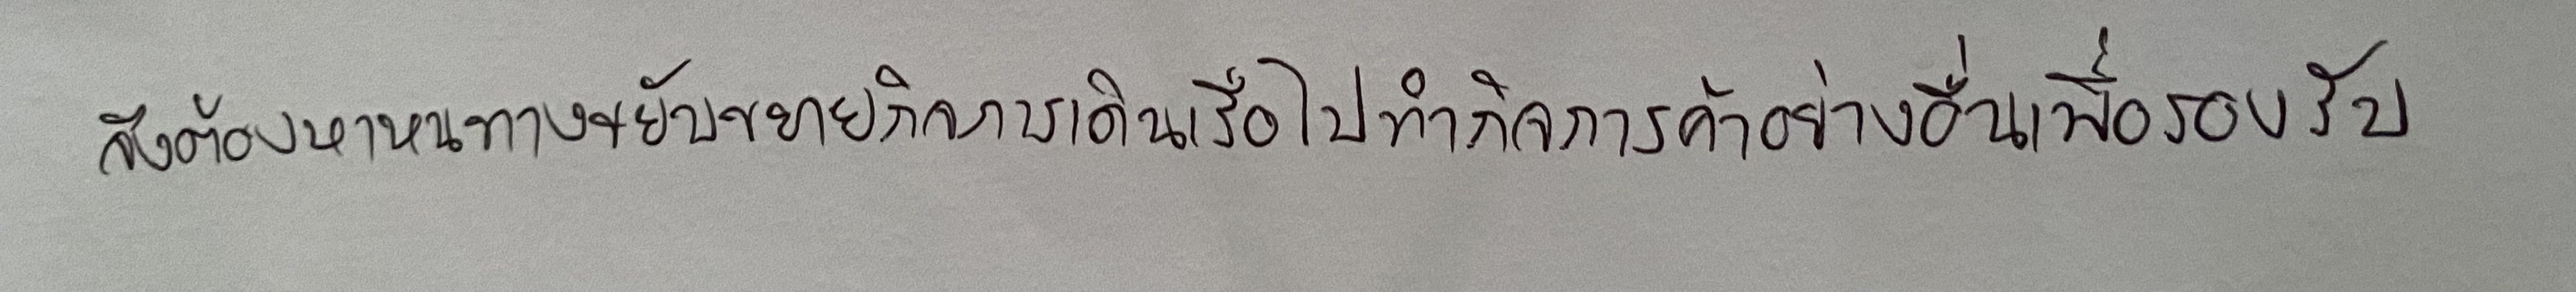
จึงต้องหาหนทางขยับขยายกิจการเดินเรือไปทำกิจการค้าอย่างอื่นเพื่อรองรับ